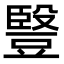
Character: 䝂